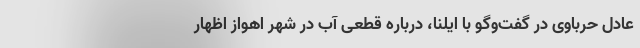
عادل حرباوی در گفت‌وگو با ایلنا، درباره قطعی آب در شهر اهواز اظهار